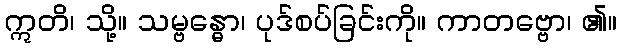
ဣတိ၊ သို့။ သမ္ဗန္ဓော၊ ပုဒ်စပ်ခြင်းကို။ ကာတဗ္ဗော၊ ၏။